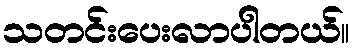
သတင်းပေးလာပါတယ်။